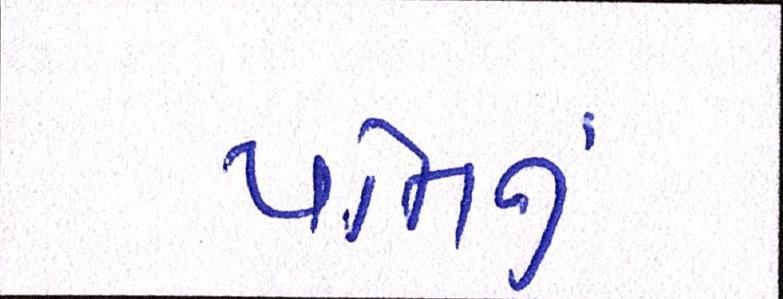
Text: પતિનું